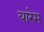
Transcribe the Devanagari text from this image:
यारेम